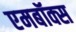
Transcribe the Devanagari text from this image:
एमबॉक्स